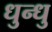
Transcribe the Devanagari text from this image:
धुन्धु